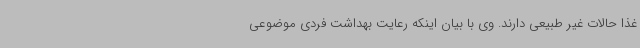
غذا حالات غیر طبیعی دارند. وی با بیان اینکه رعایت بهداشت فردی موضوعی